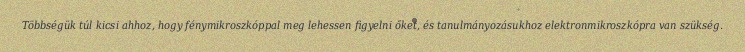
Többségük túl kicsi ahhoz, hogy fénymikroszkóppal meg lehessen figyelni őket, és tanulmányozásukhoz elektronmikroszkópra van szükség.